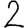
Digit: 2